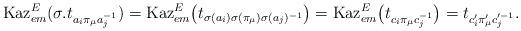
LaTeX: \begin{align*}{\rm Kaz}_{em}^E(\sigma. t_{a_i\pi_\mu a_j^{-1}})={\rm Kaz}_{em}^E\big(t_{\sigma(a_i)\sigma(\pi_\mu)\sigma(a_j)^{-1}}\big)={\rm Kaz}_{em}^E\big(t_{c_i\pi_\mu c_j^{-1}}\big)=t_{c_i'\pi_\mu' c_j'^{-1}}.\end{align*}